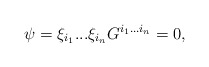
\begin{align*}\psi = \xi_{i_{1}}...\xi_{i_{n}}G^{i_{1}...i_{n}} = 0, \end{align*}